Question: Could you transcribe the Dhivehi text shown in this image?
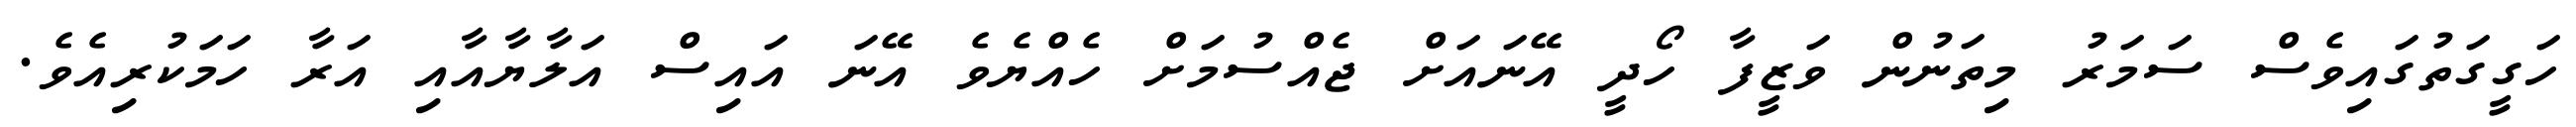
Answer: ހަގީގަތުގައިވެސް ސަމަރު މިތަނުން ވަޒީފާ ހޯދީ އޭނައަށް ޖެއްސުމަށް ހެއްޔެވެ އޭނަ އައިސް އަލާޔާއާއި އަރާ ހަމަކުރިއެވެ.